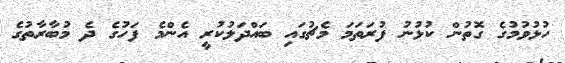
ހުޅުވުމުގެ ގޮތުން ކުޅުނު ފުރަތަމަ މެޗުގައި ބައްދަލުކުރީ އެންމެ ފަހުގެ ދެ މުބާރާތުގެ